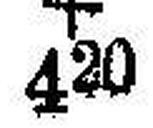
+ 420